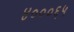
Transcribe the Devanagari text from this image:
४०००६५